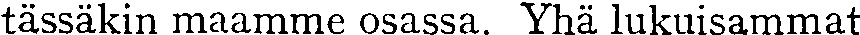
tässäkin maamme osassa. Yhä lukuisammat